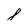
Character: 8